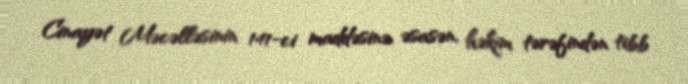
Cinayət Məcəlləsinin 141-ci maddəsinə əsasən, həkim tərəfindən tibb